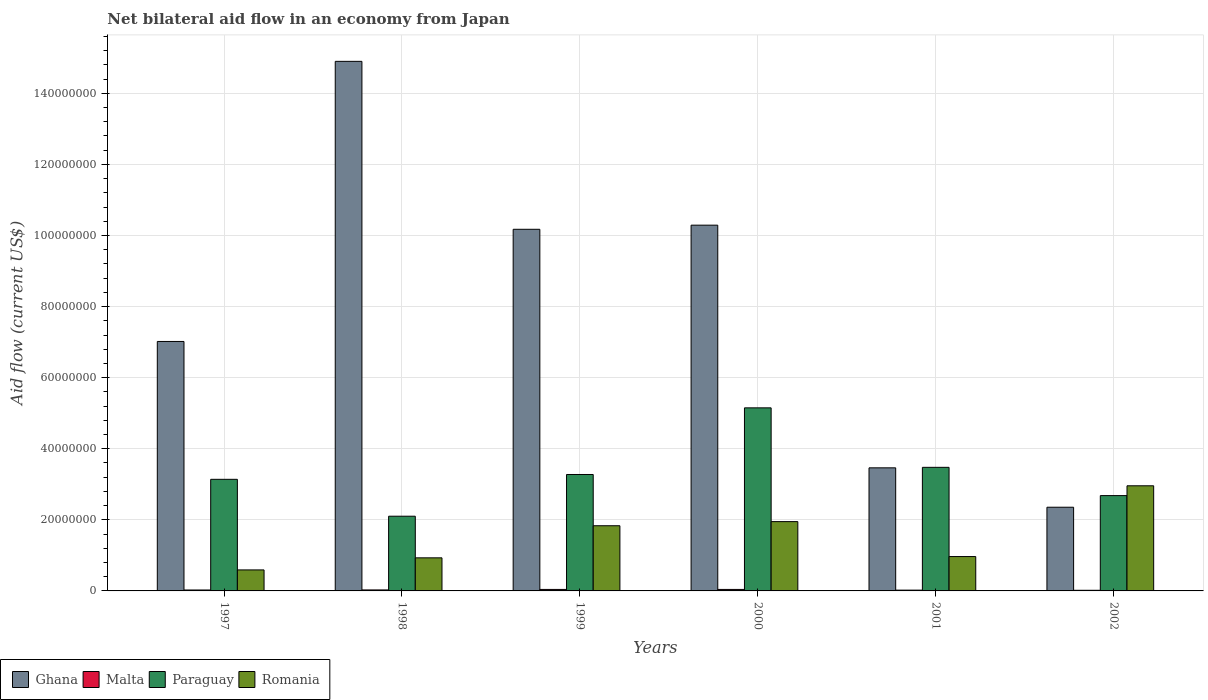
| Years | Ghana | Malta | Paraguay | Romania |
 | --- | --- | --- | --- | --- |
 | 1997 | 7.02e+07 | 2.6e+05 | 3.14e+07 | 5.91e+06 |
 | 1998 | 1.49e+08 | 2.8e+05 | 2.1e+07 | 9.31e+06 |
 | 1999 | 1.02e+08 | 4.2e+05 | 3.28e+07 | 1.83e+07 |
 | 2000 | 1.03e+08 | 4.2e+05 | 5.15e+07 | 1.95e+07 |
 | 2001 | 3.46e+07 | 2.2e+05 | 3.48e+07 | 9.67e+06 |
 | 2002 | 2.36e+07 | 1.8e+05 | 2.68e+07 | 2.96e+07 |